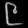
Digit: ၉